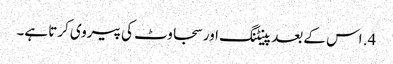
4. اس کے بعد پینٹنگ اور سجاوٹ کی پیروی کرتا ہے۔